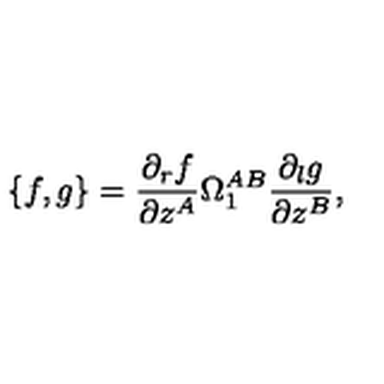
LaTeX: \{ f , g \} = \frac { \partial _ { r } f } { \partial z ^ { A } } \Omega _ { 1 } ^ { A B } \frac { \partial _ { l } g } { \partial z ^ { B } } ,